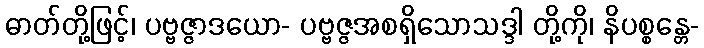
ဓာတ်တို့ဖြင့်၊ ပဗ္ဗဇ္ဇာဒယော- ပဗ္ဗဇ္ဇအစရှိသောသဒ္ဒါ တို့ကို၊ နိပစ္စန္တေ-